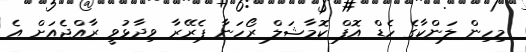
މިހިން ލަންކާގެ ހެޑް އޮފް ކޮމާޝަލް ރޯހަނާ ޕެރޭރާ ވިދާޅުވީ ރާއްޖެއަށް އެ